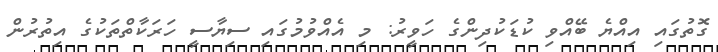
ގޮތުގައި އިއްޔެ ބޭއްވި ކުޑަކުދިންގެ ހަވީރު: މި އެއްވުމުގައި ސިޔާސީ ހަރަކާތްތަކުގެ އިތުރުން